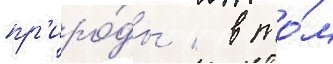
пр'иро́ды / в то́м